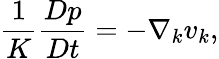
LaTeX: \frac{1}{K}\frac{Dp}{Dt}=-\nabla_{k}v_{k},